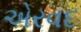
એરવદ